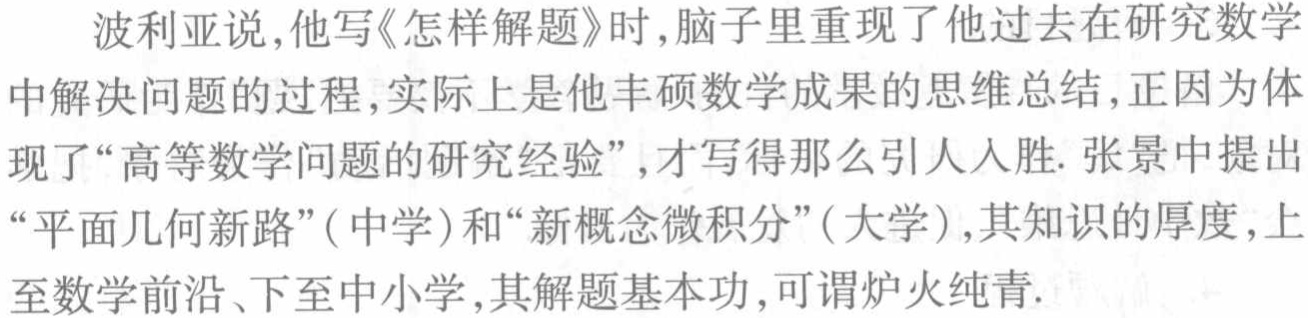
波利亚说,他写《怎样解题》时,脑子里重现了他过去在研究数学中解决问题的过程,实际上是他丰硕数学成果的思维总结,正因为体现了“高等数学问题的研究经验”,才写得那么引人入胜. 张景中提出“平面几何新路”(中学)和“新概念微积分”(大学),其知识的厚度,上至数学前沿、下至中小学,其解题基本功,可谓炉火纯青.